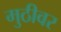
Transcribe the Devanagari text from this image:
मुठीवर